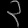
Digit: ၃